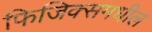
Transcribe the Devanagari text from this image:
फिजिक्समधील